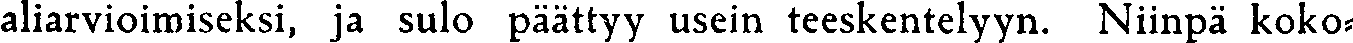
aliarvioimiseksi, ja sulo päättyy usein teeskentelyyn. Niinpä koko-